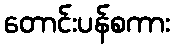
တောင်းပန်စကား